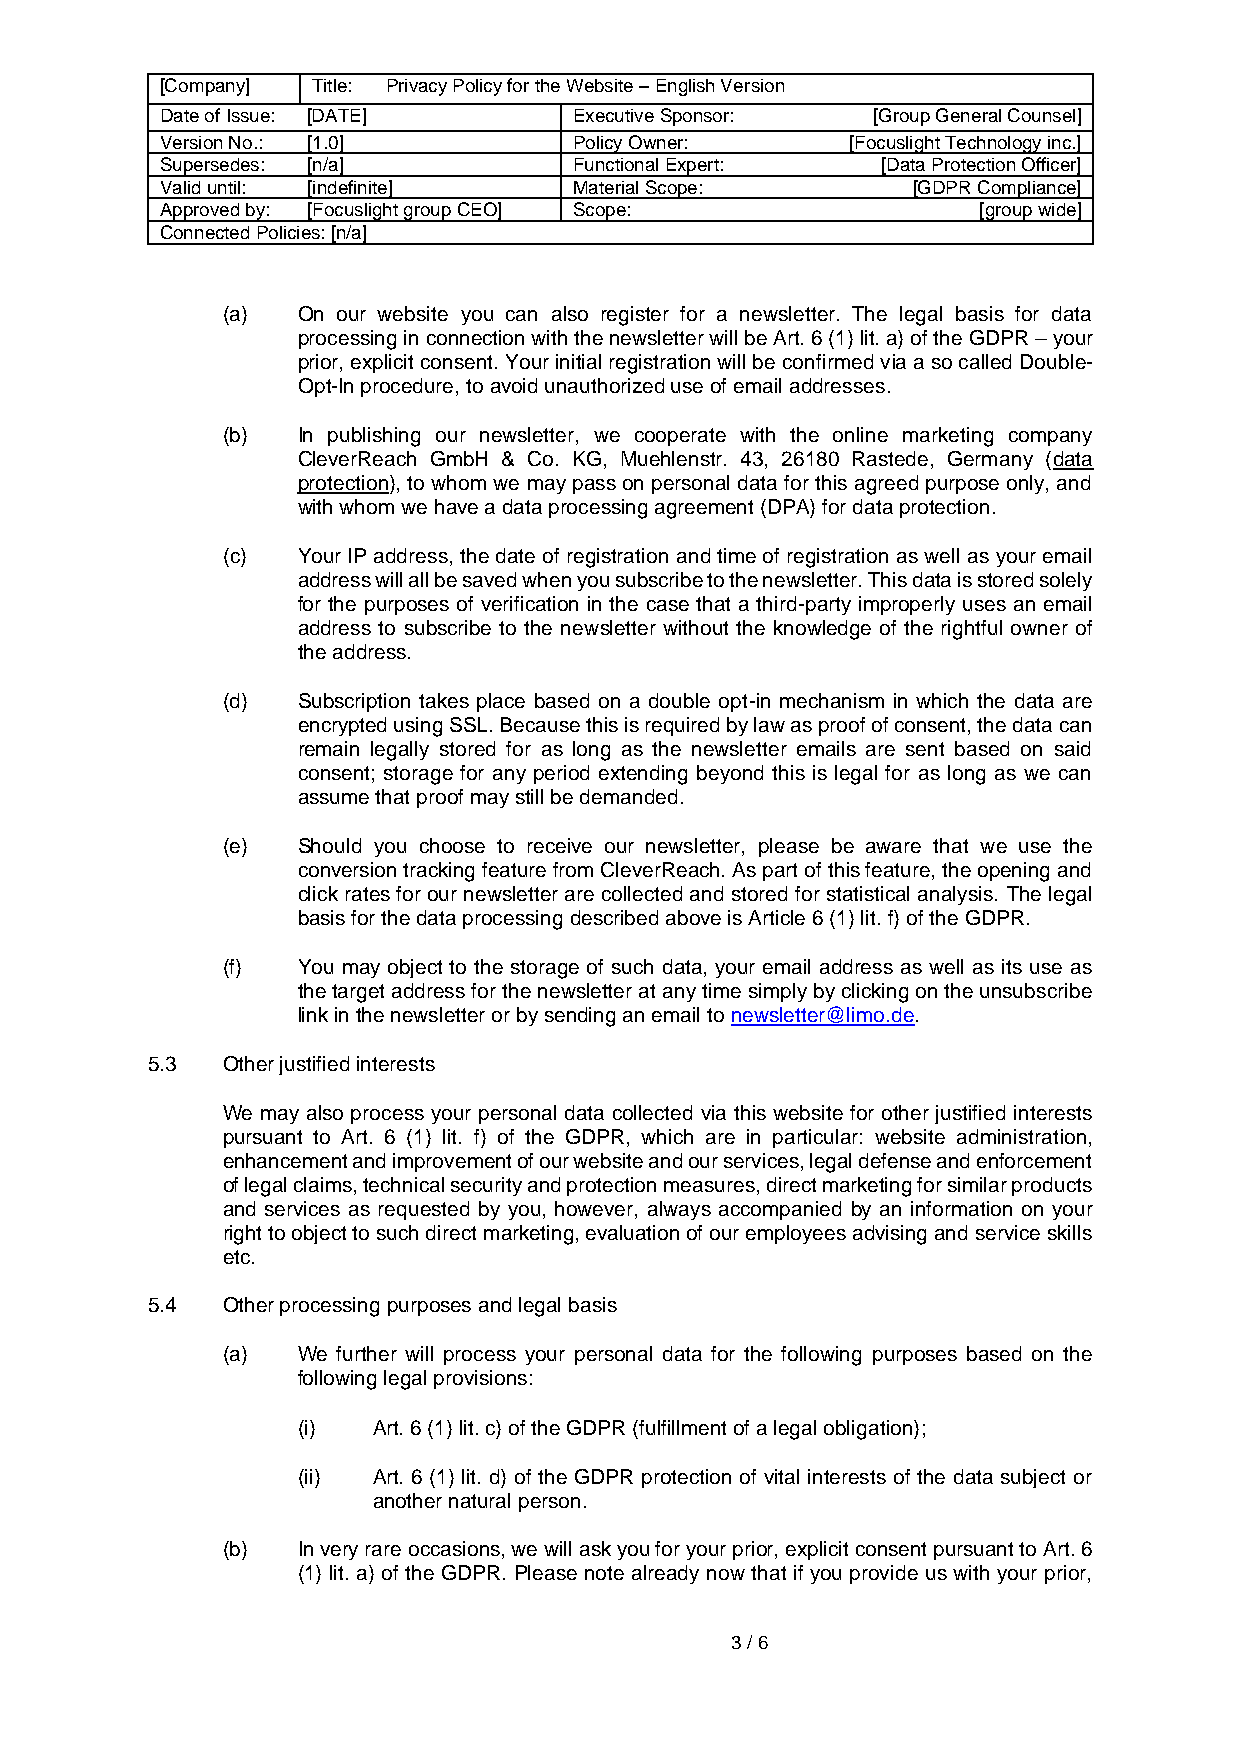
[Company] Title: Privacy Policy for the Website – English Version
 Date of Issue: [DATE]      Executive Sponsor:  [Group General Counsel]
 Version No.: [1.0]         Policy Owner:     [Focuslight Technology inc.]
 Supersedes: [n/a]          Functional Expert:  [Data Protection Officer]
 Valid until: [indefinite]  Material Scope:       [GDPR Compliance]
 Approved by: [Focuslight group CEO] Scope:            [group wide]
 Connected Policies: [n/a]
 (a)  On our website you can also register for a newsletter. The legal basis for data
 processing in connection with the newsletter will be Art. 6 (1) lit. a) of the GDPR – your
 prior, explicit consent. Your initial registration will be confirmed via a so called Double-
 Opt-In procedure, to avoid unauthorized use of email addresses.
 (b)  In publishing our newsletter, we cooperate with the online marketing company
 CleverReach GmbH & Co. KG, Muehlenstr. 43, 26180 Rastede, Germany (data
 protection), to whom we may pass on personal data for this agreed purpose only, and
 with whom we have a data processing agreement (DPA) for data protection.
 (c)  Your IP address, the date of registration and time of registration as well as your email
 address will all be saved when you subscribe to the newsletter. This data is stored solely
 for the purposes of verification in the case that a third-party improperly uses an email
 address to subscribe to the newsletter without the knowledge of the rightful owner of
 the address.
 (d)  Subscription takes place based on a double opt-in mechanism in which the data are
 encrypted using SSL. Because this is required by law as proof of consent, the data can
 remain legally stored for as long as the newsletter emails are sent based on said
 consent; storage for any period extending beyond this is legal for as long as we can
 assume that proof may still be demanded.
 (e)  Should you choose to receive our newsletter, please be aware that we use the
 conversion tracking feature from CleverReach. As part of this feature, the opening and
 click rates for our newsletter are collected and stored for statistical analysis. The legal
 basis for the data processing described above is Article 6 (1) lit. f) of the GDPR.
 (f)  You may object to the storage of such data, your email address as well as its use as
 the target address for the newsletter at any time simply by clicking on the unsubscribe
 link in the newsletter or by sending an email to newsletter@limo.de.
 5.3  Other justified interests
 We may also process your personal data collected via this website for other justified interests
 pursuant to Art. 6 (1) lit. f) of the GDPR, which are in particular: website administration,
 enhancement and improvement of our website and our services, legal defense and enforcement
 of legal claims, technical security and protection measures, direct marketing for similar products
 and services as requested by you, however, always accompanied by an information on your
 right to object to such direct marketing, evaluation of our employees advising and service skills
 etc.
 5.4  Other processing purposes and legal basis
 (a)  We further will process your personal data for the following purposes based on the
 following legal provisions:
 (i)  Art. 6 (1) lit. c) of the GDPR (fulfillment of a legal obligation);
 (ii) Art. 6 (1) lit. d) of the GDPR protection of vital interests of the data subject or
 another natural person.
 (b)  In very rare occasions, we will ask you for your prior, explicit consent pursuant to Art. 6
 (1) lit. a) of the GDPR. Please note already now that if you provide us with your prior,
 3 / 6